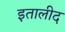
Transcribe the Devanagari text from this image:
इतालीद